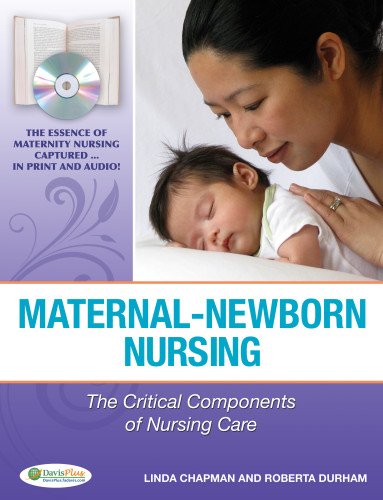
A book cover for Maternal-Newborn Nursing: The Critical Components of Nursing Care; Linda Chapman RN  PhD; Medical Books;